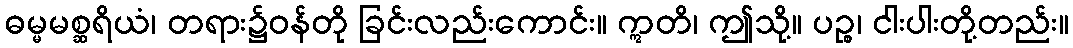
ဓမ္မမစ္ဆရိယံ၊ တရား၌ဝန်တို ခြင်းလည်းကောင်း။ ဣတိ၊ ဤသို့။ ပဉ္စ၊ ငါးပါးတို့တည်း။